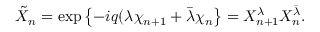
\tilde { X } _ { n } = \exp \left\{ - i q ( \lambda \chi _ { n + 1 } + \bar { \lambda } \chi _ { n } \right\} = X _ { n + 1 } ^ { \lambda } X _ { n } ^ { \bar { \lambda } } .